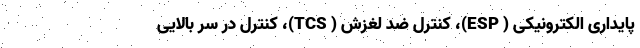
پایداری الکترونیکی ( ESP)، کنترل ضد لغزش ( TCS)، کنترل در سر بالایی